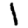
Digit: 1